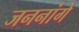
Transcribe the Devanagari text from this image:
जननांगे